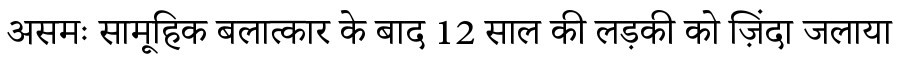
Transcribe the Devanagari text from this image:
असमः सामूहिक बलात्कार के बाद 12 साल की लड़की को ज़िंदा जलाया